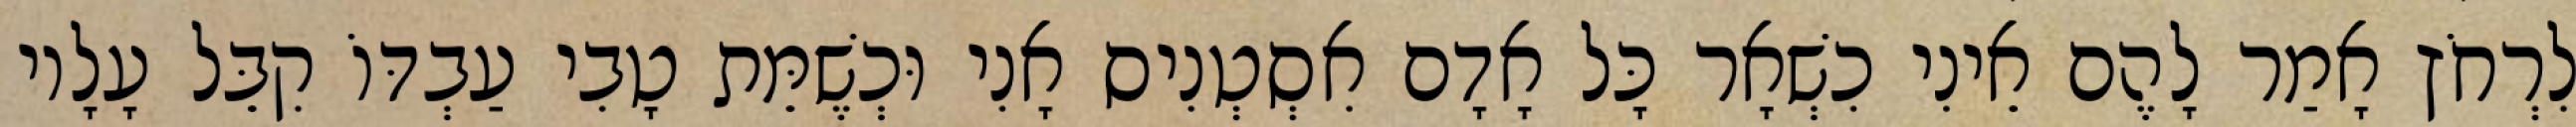
לִרְחֹץ אָמַר לָהֶם אֵינִי כִשְׁאָר כָּל אָדָם אִסְטְנִיס אָנִי וּכְשֶׁמֵּת טָבִי עַבְדּוֹ קִבֵּל עָלָיו